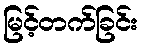
မြင့်တက်ခြင်း